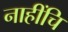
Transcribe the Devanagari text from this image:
नाहींचि